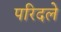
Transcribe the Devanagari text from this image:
परिदले